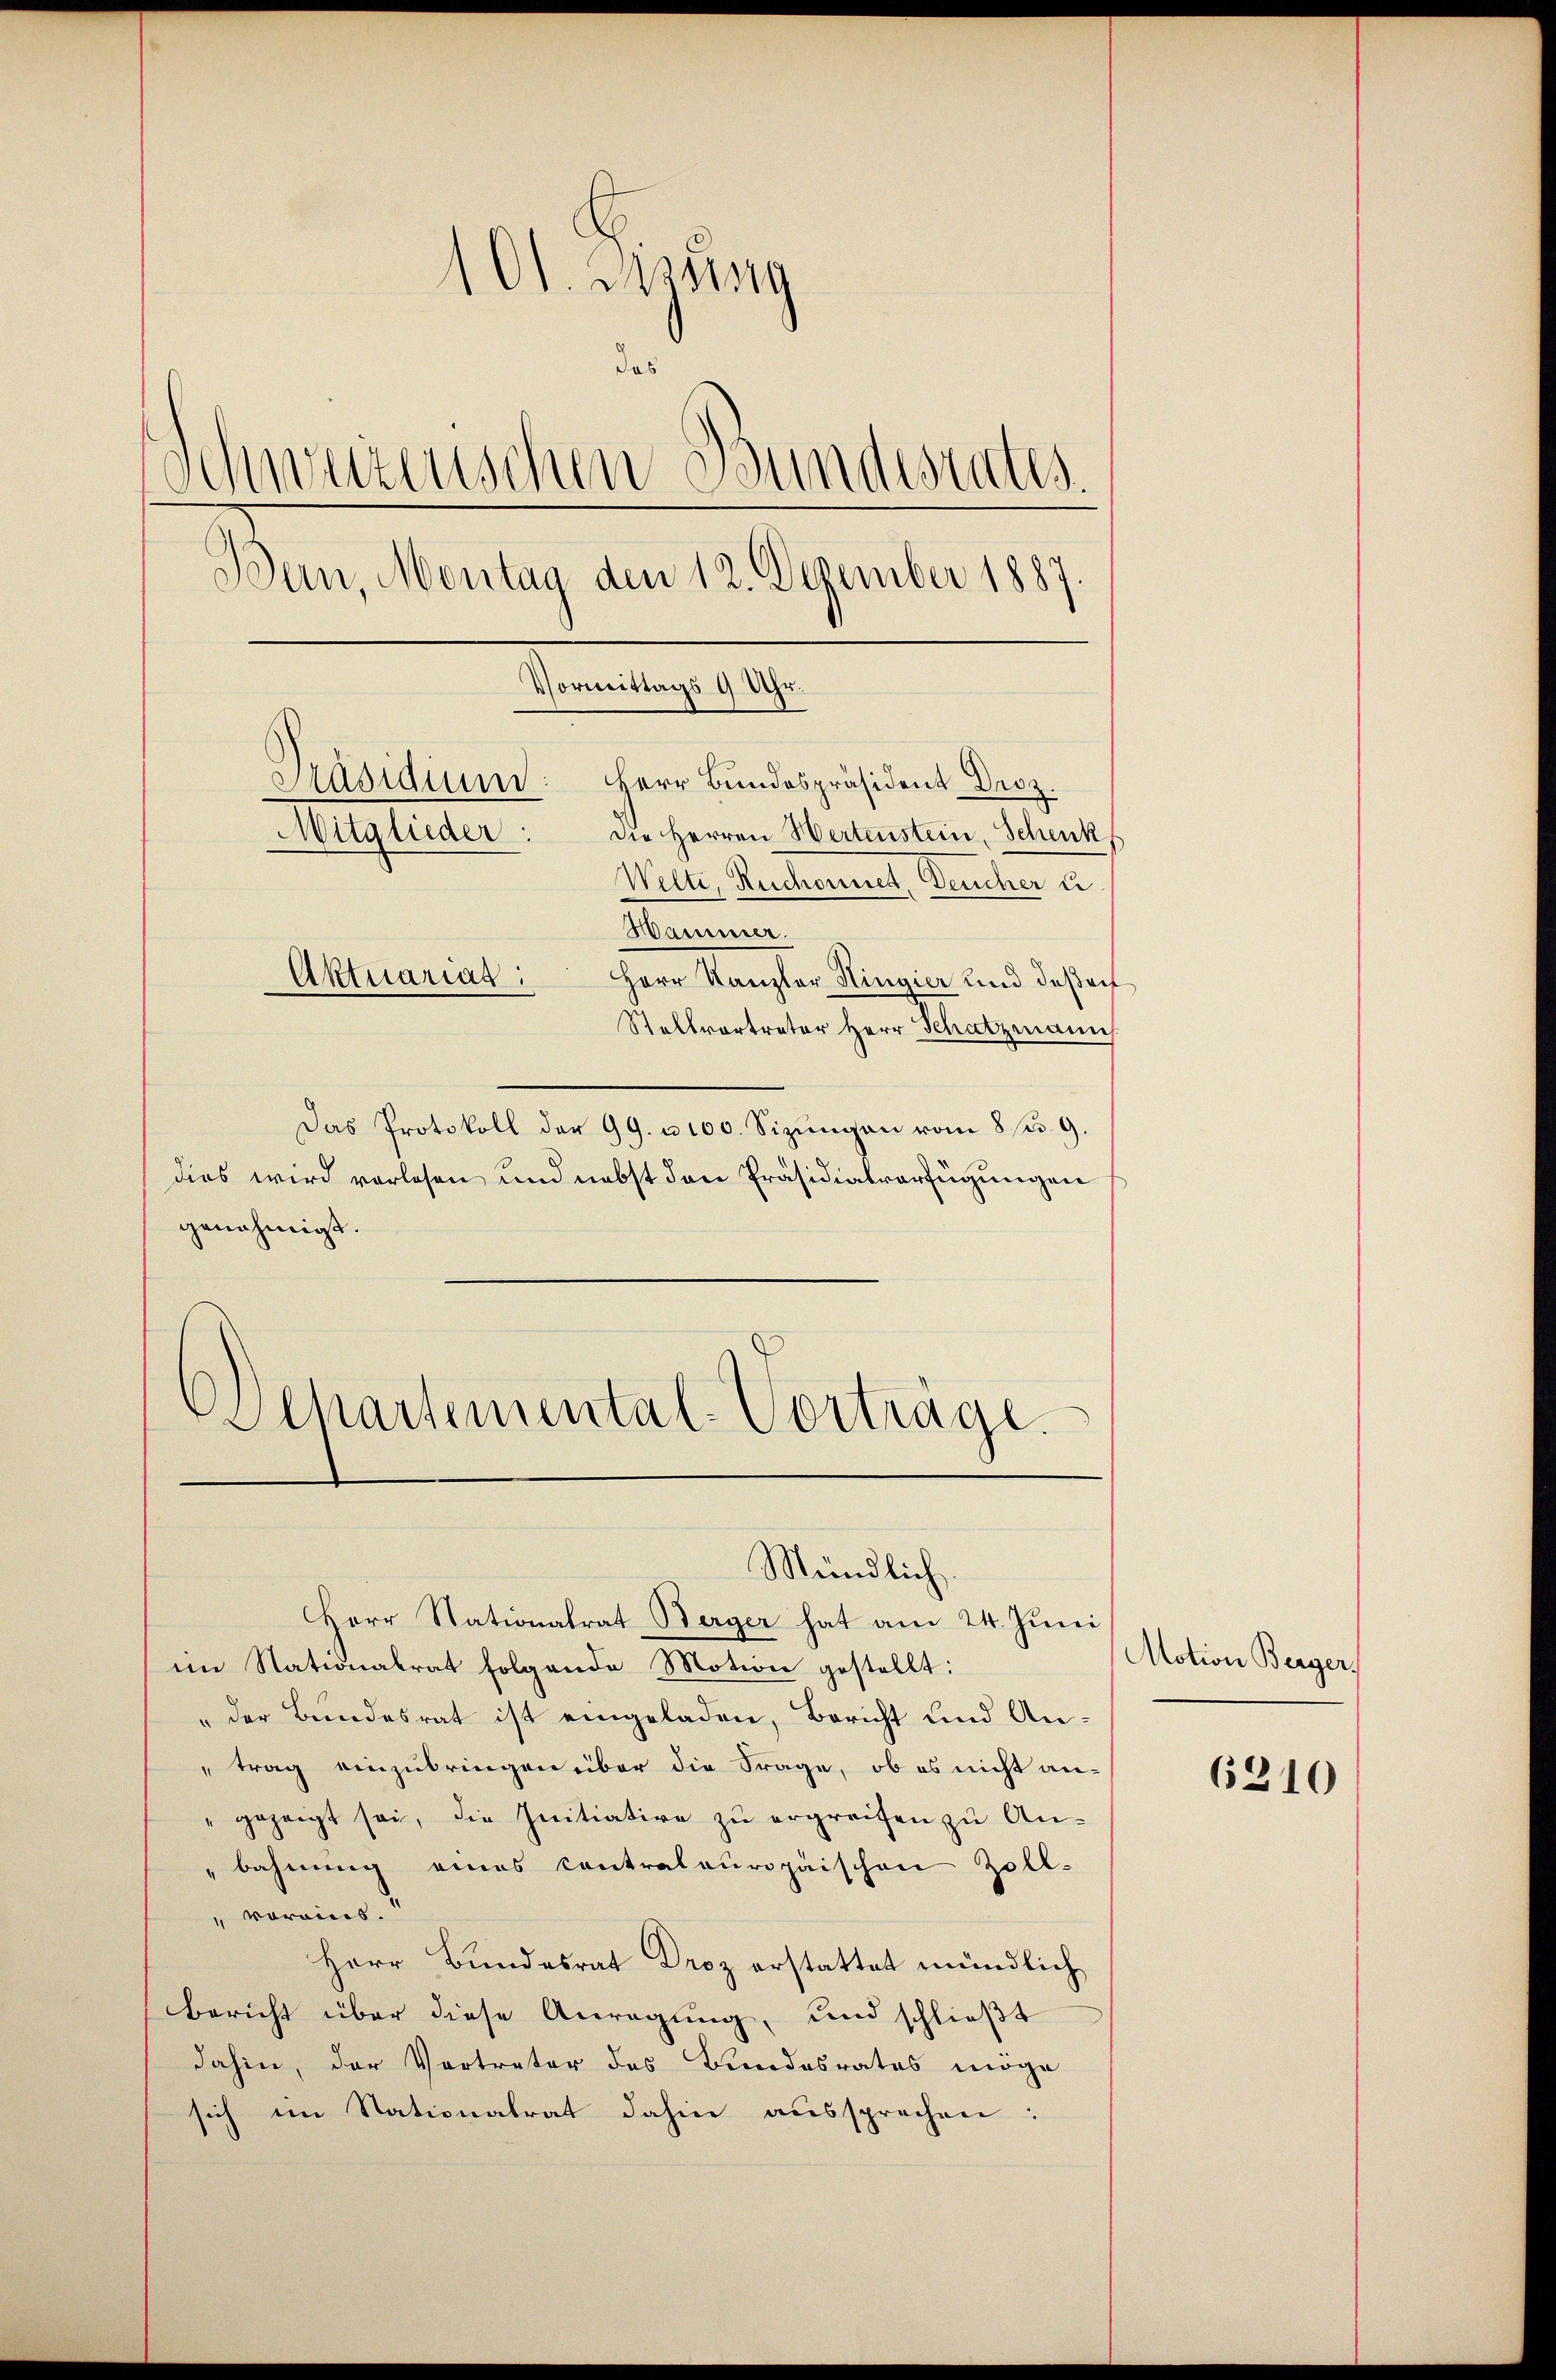
1 Ol. Mang
das
Schwurenschen Bundesrates
Ban, Montag den 12. Dezember 1887.
Vormittags 9 Uhr.
Präsidium. Herr Bundespräsident Droz.
Mitglieder:
die Herren Hertenstein, Schenk
Welti, Ruchornet, Deucher u
Hammer.
Aktuarias:
Herr Kanzler Ringia und deßenh
Stellvortrator Herr Schatzmann

Das Protokoll der 99. u 100. Sizŭngen vom 8 fl. 9.
dies wird vorlesen und nebst den Präsidialverfügungen
genehmigt.
Alpartemental-Vorträge.

Mündlich.
Herr Stationalrat Berger hat am 24. Juni

im Nationalrat folgende Motion gestellt:
"der Bundesrat ist eingeladen, Bericht und Antrag einzubringen über die Frage, ob es nicht an-
" gezeigt sei, die Initiative zŭ ergreifen zŭ An-
 bahnung eines contraleuropäischen Zoll-
" vorein.
Herr Bundesrat Droz erstattet mündlich
Bericht über diese Anregung, und schließt
dahin, der Vertreter des Bundesrates möge
sich im Stationalrat dahin aussprechen:

Motion Berger,

6210